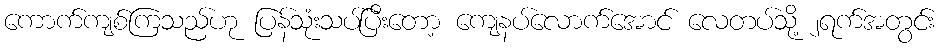
ကောက်ကျစ်ကြသည်ဟု ပြန်သုံးသပ်ပြီးတော့ ကျေနပ်လောက်အောင် လေတပ်သို့ ၂ရက်အတွင်း